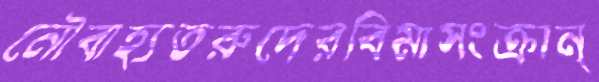
নৌবাহ্যতরুদেরবিমাসংক্রান্